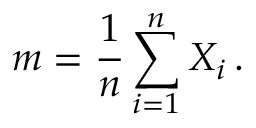
m = { \frac { 1 } { n } } \sum _ { i = 1 } ^ { n } X _ { i } \, .